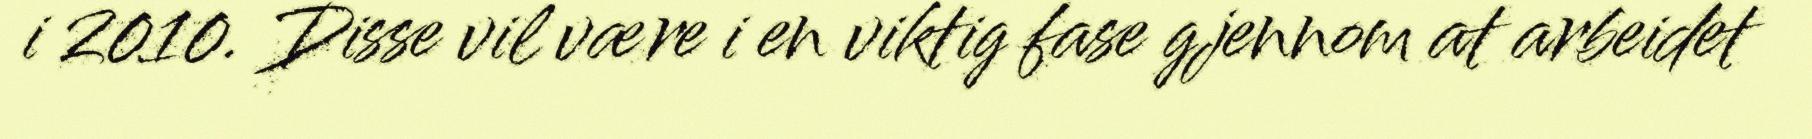
i 2010. Disse vil være i en viktig fase gjennom at arbeidet